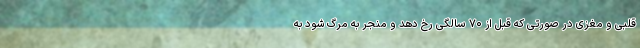
قلبی و مغزی در صورتی که قبل از ۷۰ سالگی رخ دهد و منجر به مرگ شود به